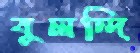
বুলন্দি